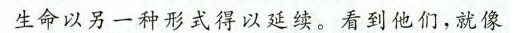
生命以另一种形式得以延续。看到他们，就像